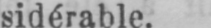
sidérable.